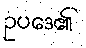
ဥပဒေ၏